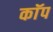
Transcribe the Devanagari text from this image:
काॅप